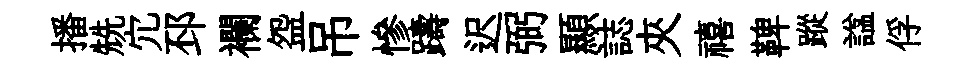
播兟宂邳襴盌吊慘躊迟弼顯誌夾禧鞞蹤諡俘